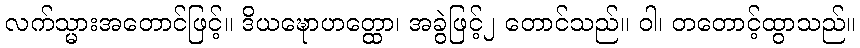
လက်သ္မားအတောင်ဖြင့်။ ဒိယဍ္ဎောဟတ္ထော၊ အခွဲဖြင့်၂ တောင်သည်။ ဝါ၊ တတောင့်ထွာသည်။